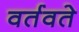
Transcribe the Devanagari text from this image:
वर्तवते